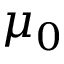
\mu _ { 0 }